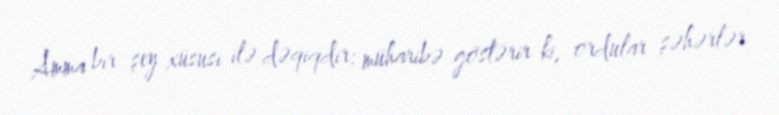
Amma bir şey xüsusi ilə dəqiqdir: müharibə göstərir ki, ordular şəhərlər